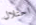
احتلال